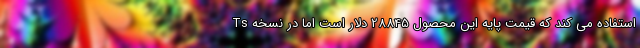
استفاده می کند که قیمت پایه این محصول 28845 دلار است اما در نسخه Ts